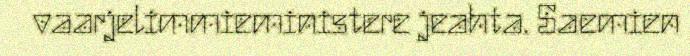
vaarjelimmieministere jeahta. Saemien